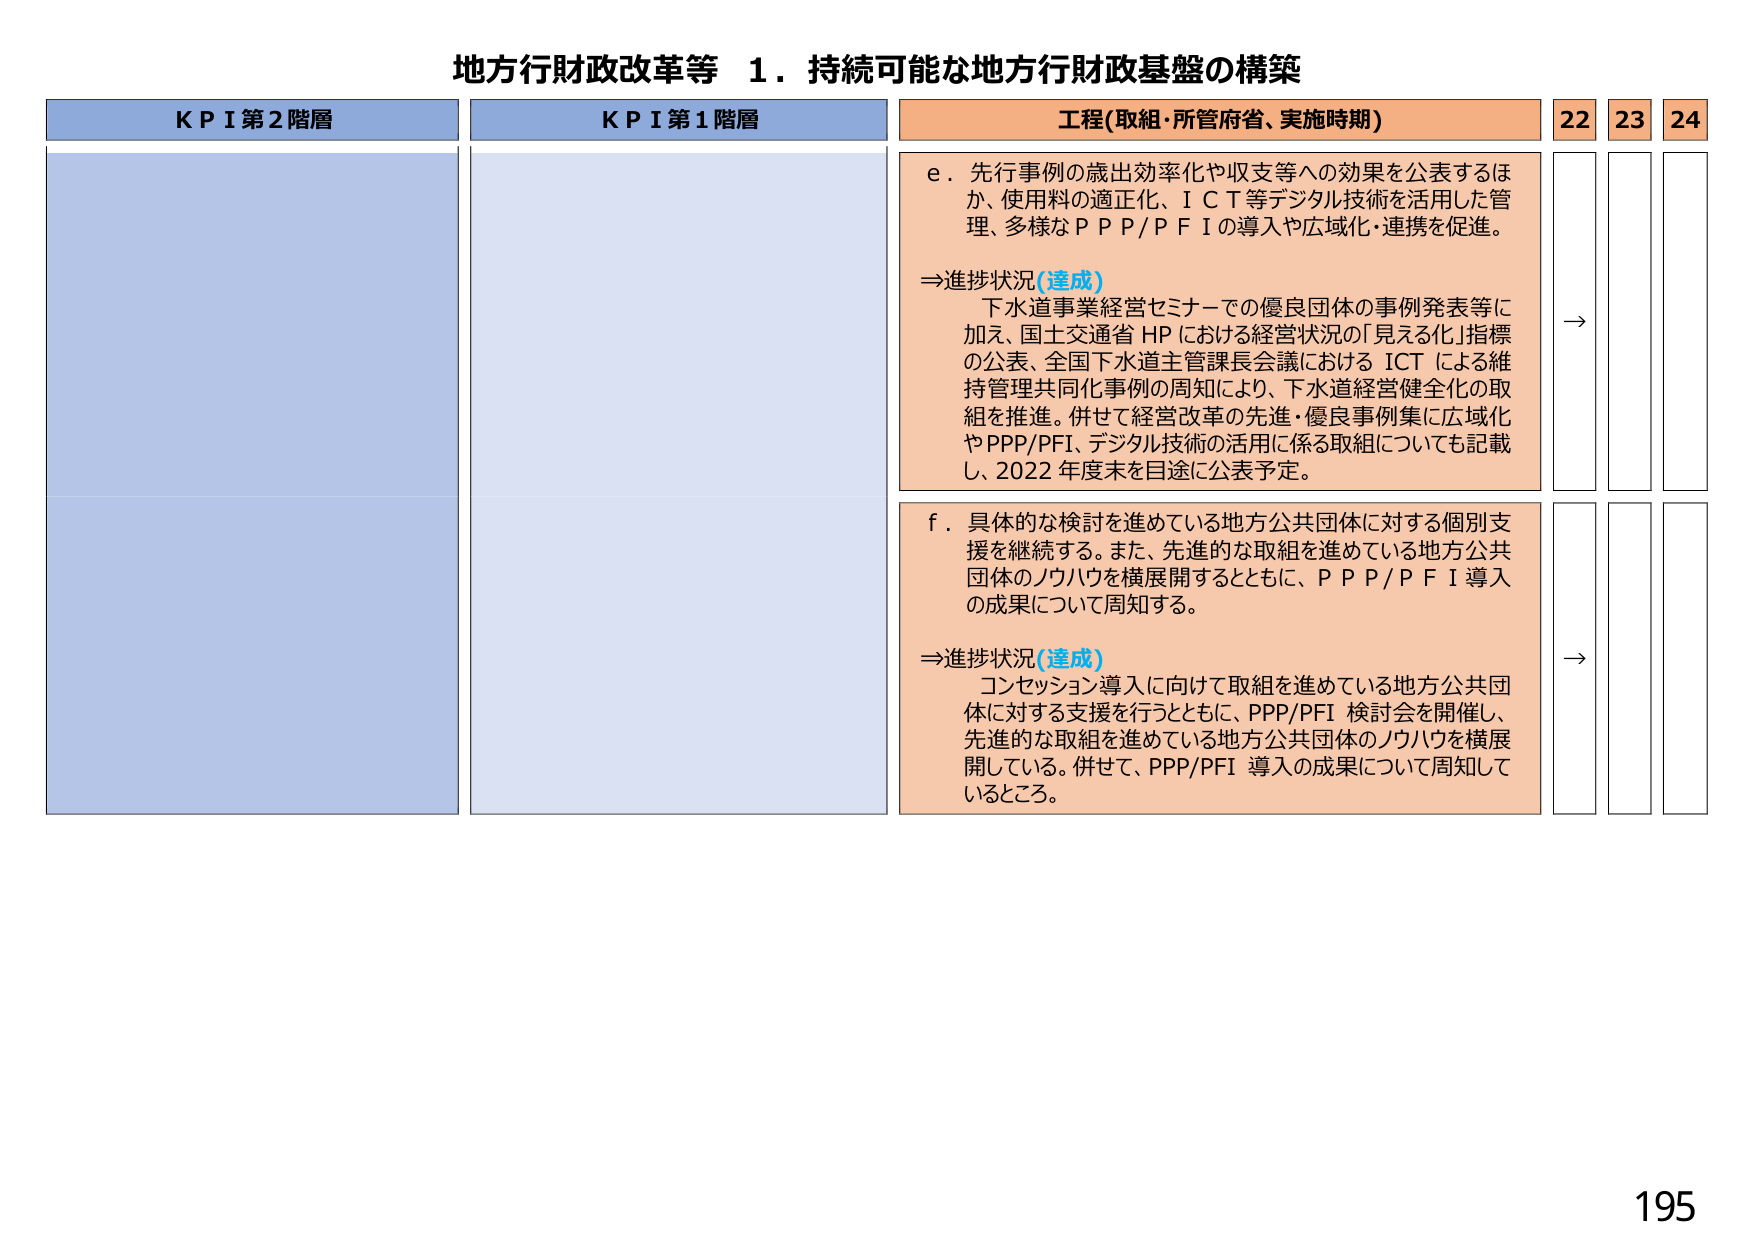
地方行財政改革等 １．持続可能な地方行財政基盤の構築

KPI第2階層
KPI第1階層
工程(取組・所管府省、実施時期)
22
23
24

e．先行事例の歳出効率化や収支等への効果を公表するほか、使用料の適正化、ＩＣＴ等デジタル技術を活用した管理、多様なＰＰＰ/ＰＦＩの導入や広域化・連携を促進。

⇒進捗状況(達成)
下水道事業経営セミナーでの優良団体の事例発表等に加え、国土交通省 HP における経営状況の「見える化」指標の公表、全国下水道主管課長会議における ICT による維持管理共同化事例の周知により、下水道経営健全化の取組を推進。併せて経営改革の先進・優良事例集に広域化やPPP/PFI、デジタル技術の活用に係る取組についても記載し、2022年度末を目途に公表予定。

→

f．具体的な検討を進めている地方公共団体に対する個別支援を継続する。また、先進的な取組を進めている地方公共団体のノウハウを横展開するとともに、ＰＰＰ/ＰＦＩ導入の成果について周知する。

⇒進捗状況(達成)
コンセッション導入に向けて取組を進めている地方公共団体に対する支援を行うとともに、PPP/PFI 検討会を開催し、先進的な取組を進めている地方公共団体のノウハウを横展開している。併せて、PPP/PFI 導入の成果について周知しているところ。

→

195